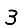
Digit: 3